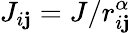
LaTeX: J_{i\mathbf{j}}=J/r_{i\mathbf{j}}^{\alpha}